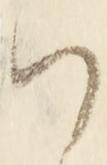
は